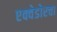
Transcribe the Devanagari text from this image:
एक्वेडोरचा